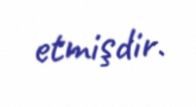
etmişdir.